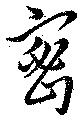
密